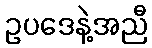
ဥပဒေနဲ့အညီ